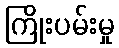
ကြိုးပမ်းမှု